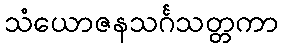
သံယောဇနသင်္ဂသတ္တကာ